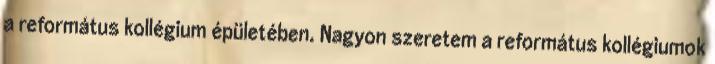
a református kollégium épületében. Nagyon szeretem a református kollégiumok